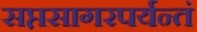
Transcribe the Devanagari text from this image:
सप्तसागरपर्यन्तं